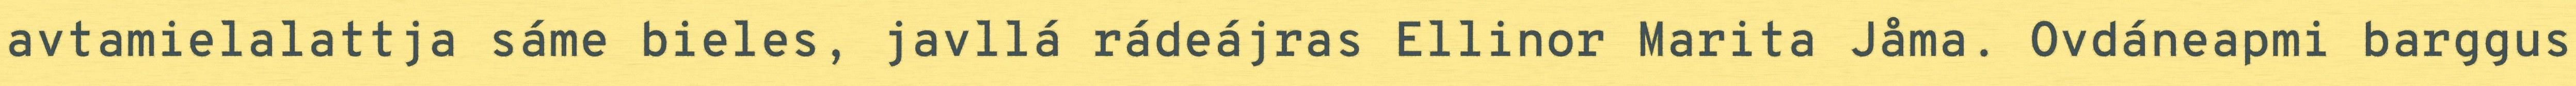
avtamielalattja sáme bieles, javllá rádeájras Ellinor Marita Jåma. Ovdáneapmi barggus